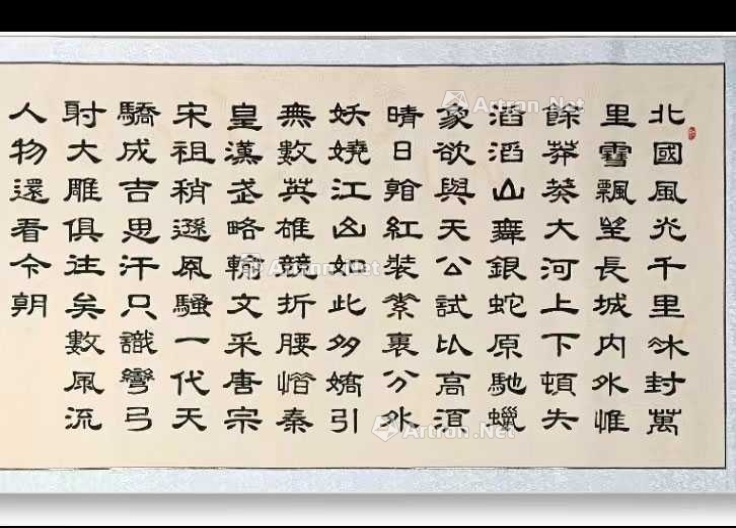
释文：北国风光，千里冰封，万里雪飘。望长城内外，惟余莽莽；大河上下，顿失滔滔。山舞银蛇，原驰蜡象，欲与天公试比高。须晴日，看红装素裹，分外妖娆。江山如此多娇，引无数英雄竞折腰。惜秦皇汉武，略输文采；唐宗宋祖，稍逊风骚。一代天骄，成吉思汗，只识弯弓射大雕。俱往矣，数风流人物，还看今朝。刘满闪